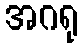
အဂရု